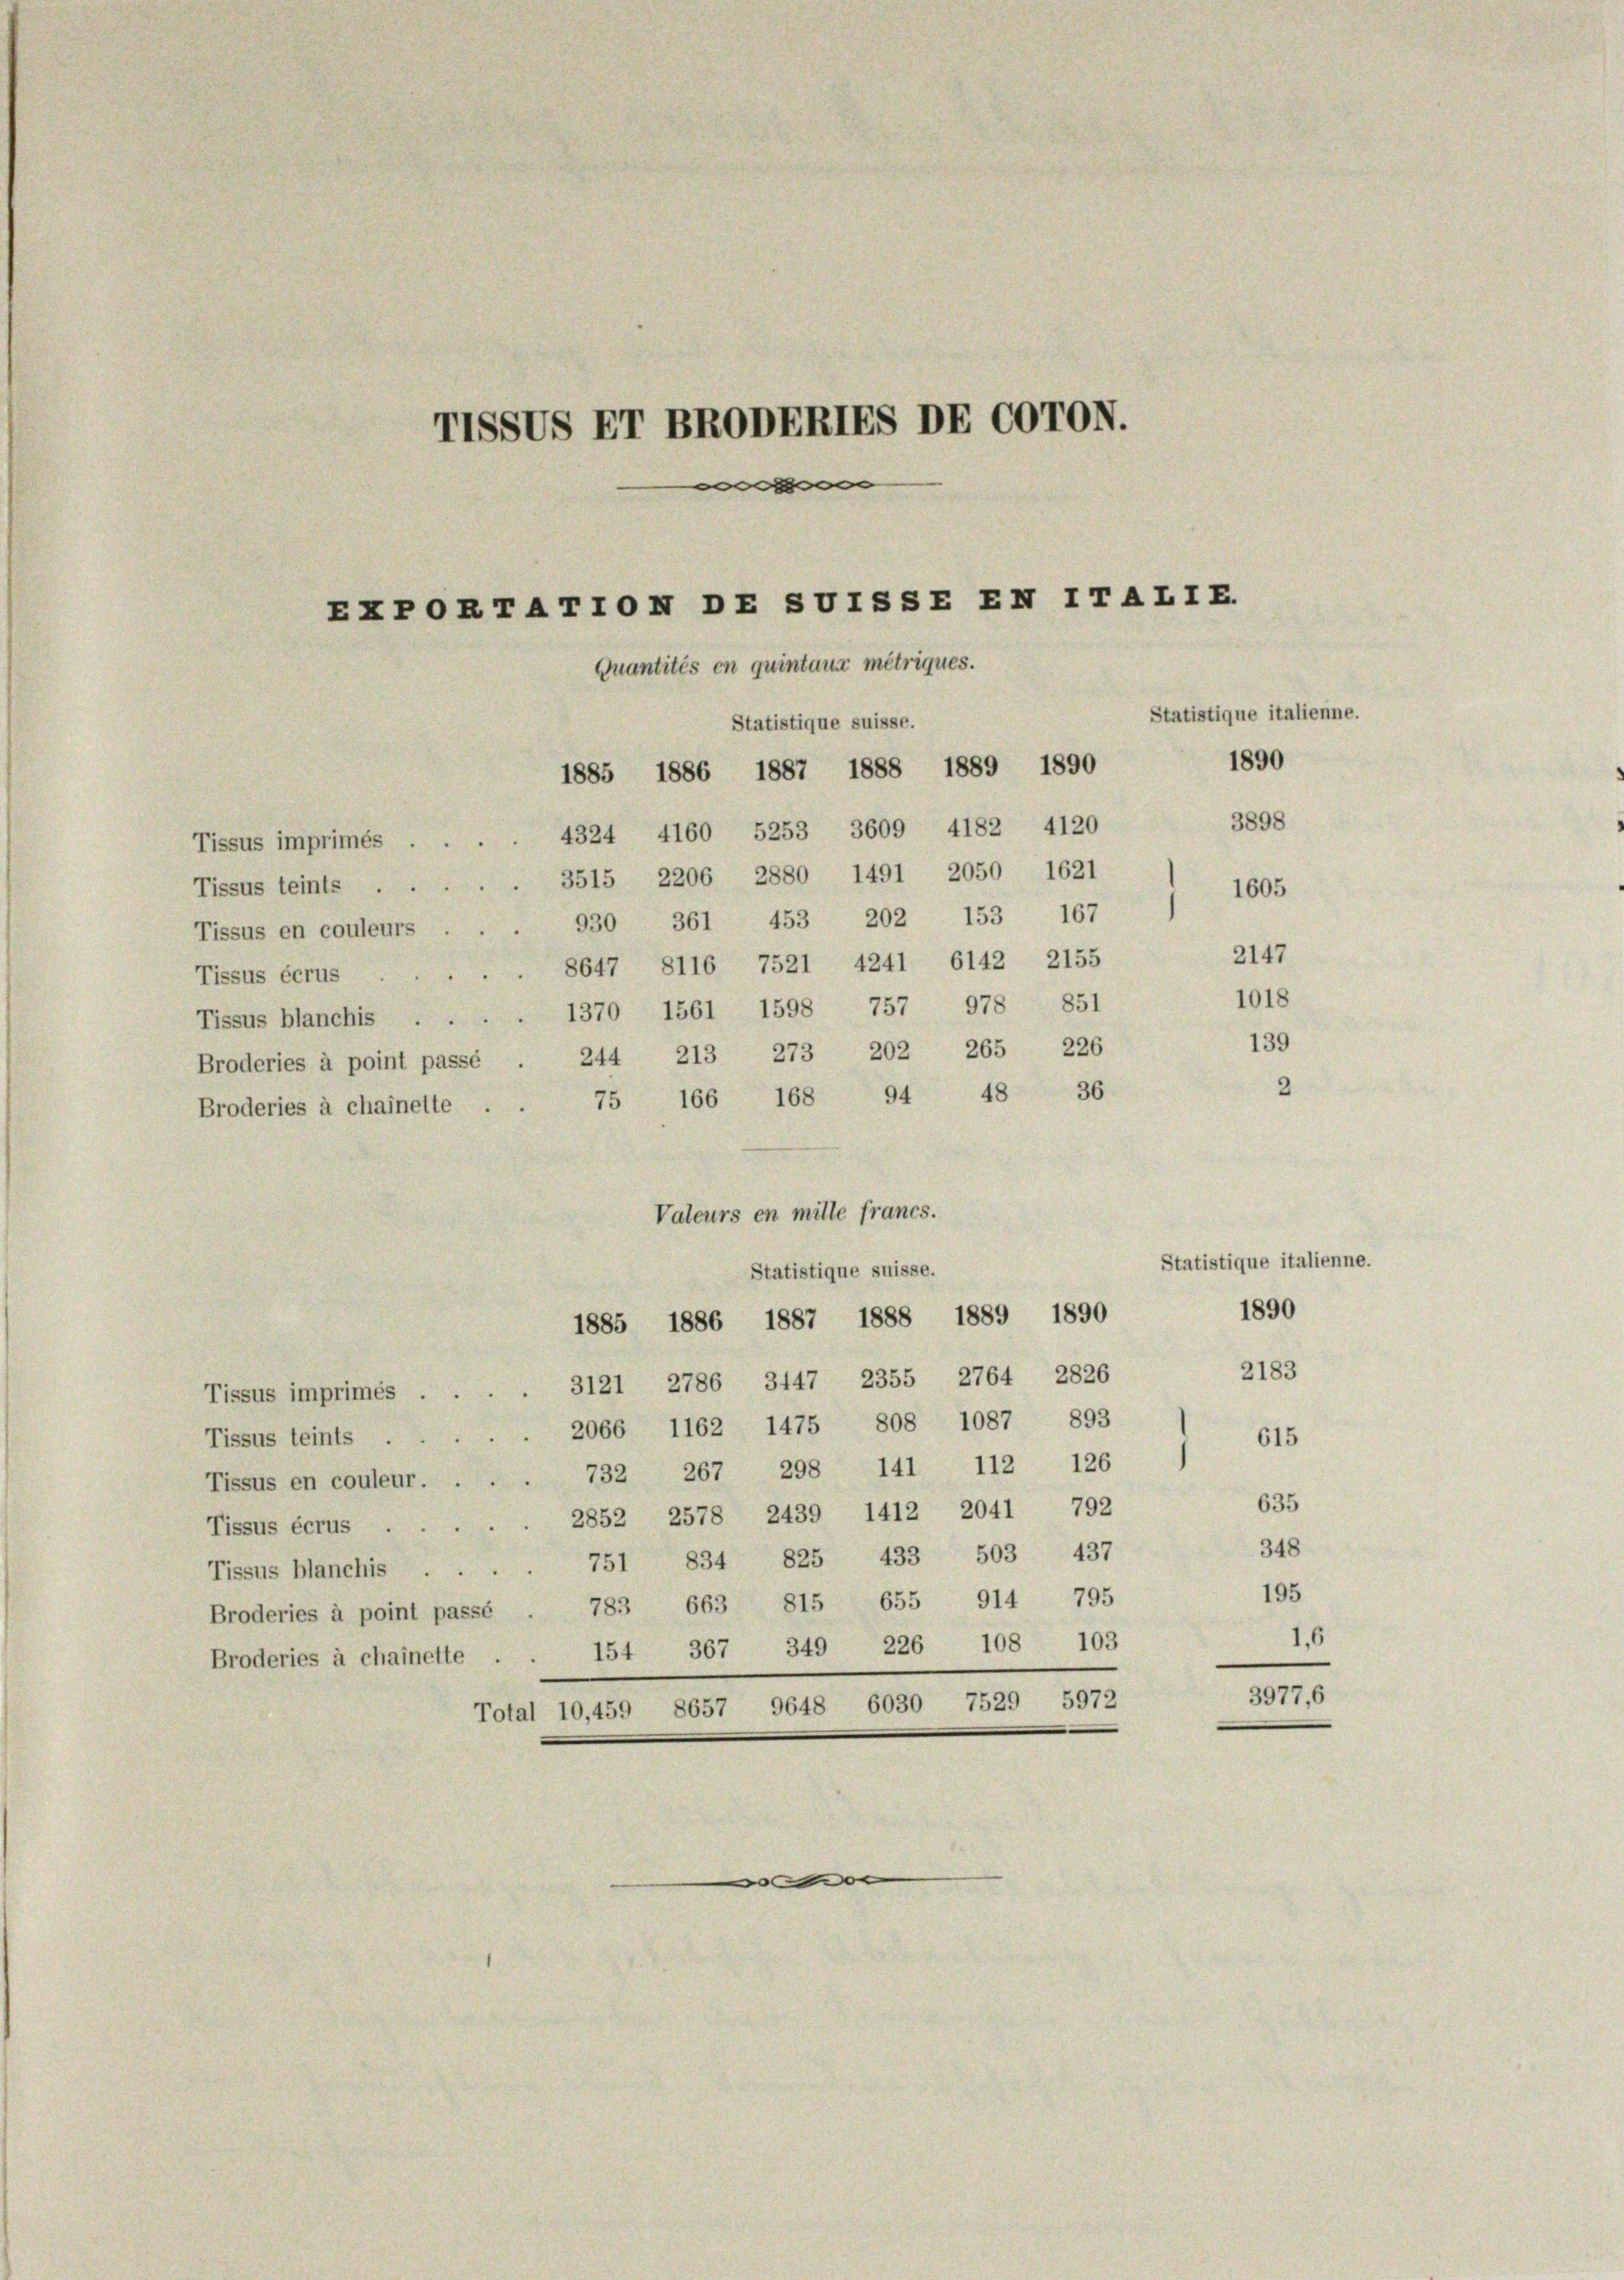
TISSUS ET BROBERIES DE COTON.

ExPORTATTON DESUTSSEEN ITALIE.
Quantités en quintaus metriques.
Statistique italienne.
Statistique suisse.

1890
1885 1886 1887 1888 1889 1890
3898
4324 4160 5253 3609 4182 4120
Tissus imprimés.
3515 2206 2880 1491 2050 1621
Tissus teints
1605
Tissus en couleurs . . . 930 361 453 202 153 167
2147
Tissus écrus. 8647 8116 7521 4241 6142 2155
1018
Tissus blanchis . . . . 1370 1561 1598 757 978 851
139
244 213 273 202 265 226
Broderies à point passé
2
75 166 168 94 48 36
Broderies à chainette .
Valeurs en mille francs.
Statistique italienne.
Statistique suisse.
1890
1885 1886 1887 1888 1889 1890
2183
3121 2786, 3447 2355 2764, 2826
Tissus imprimés . .
2066 1162 1475 808 1087 893
615
Tissus teints
732 267 298 141 112 126
Tissus en couleur.
635
2852 2578, 2439 1412 2041 792
Tissus écrus.
348
751 834 825 433 503 437
Tissus blanchis
195
Broderies à point passé . 783 663 815 655 914 795
1,6
103
154 367 349 226 108
Broderies à chainette
3977,6
Total 10,459 8657 9648 6030 7529 5972

n